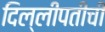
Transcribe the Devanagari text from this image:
दिल्लीपतीची